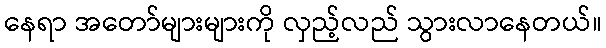
နေရာ အတော်များများကို လှည့်လည် သွားလာနေတယ်။